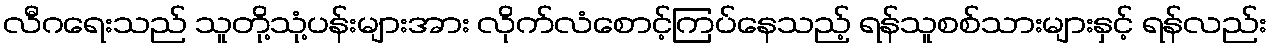
လီဂရေးသည် သူတို့သုံ့ပန်းများအား လိုက်လံစောင့်ကြပ်နေသည့် ရန်သူစစ်သားများနှင့် ရန်လည်း